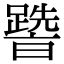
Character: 𨅩